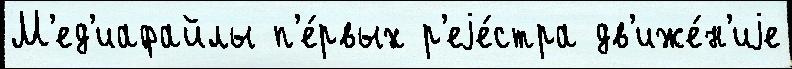
М'ед'иафайлы п'е́рвых р'еjе́стра дв'иже́н'иjе